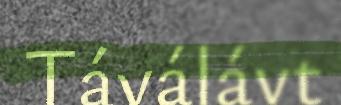
Táválávt